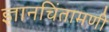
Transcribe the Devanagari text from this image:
ज्ञानचिंतामणी